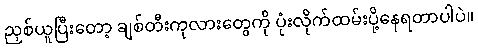
ညှစ်ယူပြီးတော့ ချစ်တီးကုလားတွေကို ပုံးလိုက်ထမ်းပို့နေရတာပါပဲ။